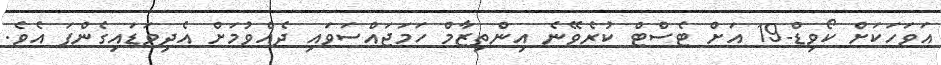
އަވަހަކަށް ކޯވިޑް-19 އަށް ޓެސްޓް ކުރެވޭނެ އިންތިޒާމް ހަމަޖައްސަވައި ދެއްވުމަށް އެދިވަޑައިގެންފަ އެވެ.